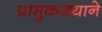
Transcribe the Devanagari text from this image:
प्रामुकख्याने